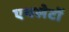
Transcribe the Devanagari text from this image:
एथलेटों